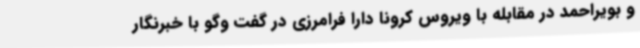
و بویراحمد در مقابله با ویروس کرونا دارا فرامرزی در گفت وگو با خبرنگار